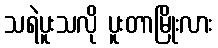
သရဲပူးသလို ပူးတာမြိုးလား